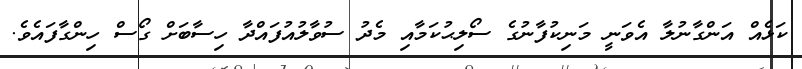
ކަޅެއް އަންގާނުލާ އެވަނީ މަނިކުފާނުގެ ސޯލިޙުކަމާއި މެދު ސުވާލުއުފައްދާ ހިސާބަށް ގޯސް ހިންގާފައެވެ.